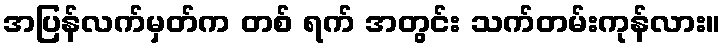
အပြန်လက်မှတ်က တစ် ရက် အတွင်း သက်တမ်းကုန်လား။